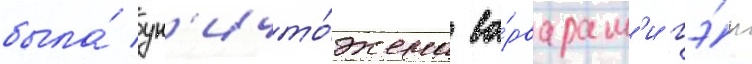
была́ ун'ичто́жена ва́рварам'и гэ́н